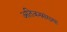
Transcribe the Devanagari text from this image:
अतिजनसंख्या